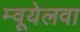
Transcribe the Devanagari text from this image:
म्वूयेलवा